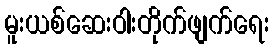
မူးယစ်ဆေးဝါးတိုက်ဖျက်ရေး